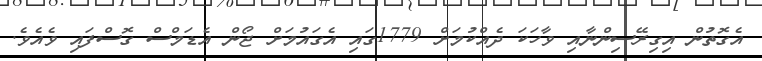
އެގޮތުން އިގިރޭސިންނާއި ވާހަކަ ދެއްކުމަށް 1779ގައި އެގައުމަށް ޖޯން އެޑަމްސް ގޮސްފައި ވެއެވެ.